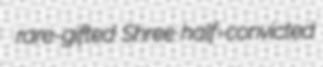
rare-gifted Shree half-convicted